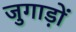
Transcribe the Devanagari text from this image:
जुगाड़ों